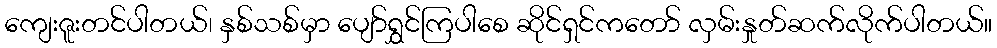
ကျေးဇူးတင်ပါတယ်၊ နှစ်သစ်မှာ ပျော်ရွှင်ကြပါစေ ဆိုင်ရှင်ကတော် လှမ်းနှုတ်ဆက်လိုက်ပါတယ်။